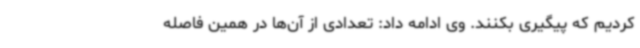
کردیم که پیگیری بکنند. وی ادامه داد: تعدادی از آن‌ها در همین فاصله